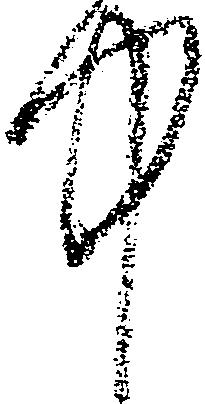
中